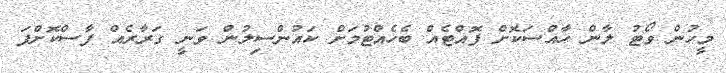
މީހުން ވޯޓު ލާން ހާއްސަކޮށް ފޮއްޓެއް ބެހެއްޓުމަށް ކައުންސިލުން ވަނީ ގަރާރެއް ފާސްކޮށްފަ